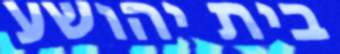
בית יהושע